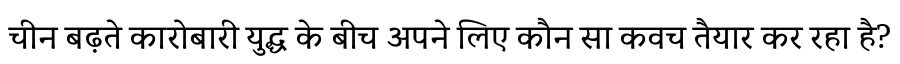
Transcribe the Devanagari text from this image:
चीन बढ़ते कारोबारी युद्ध के बीच अपने लिए कौन सा कवच तैयार कर रहा है?